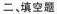
二、填空题